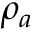
\rho _ { a }